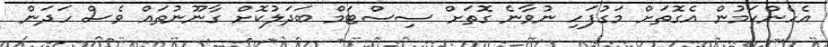
އެހެންކަމުން އެގޮތަށް މަގުފަހި ނުވާނެ ގޮތަށް ސިސްޓަމް ބަދަލުކޮށް ގާނޫނުތައް ވެސް ހަދަން